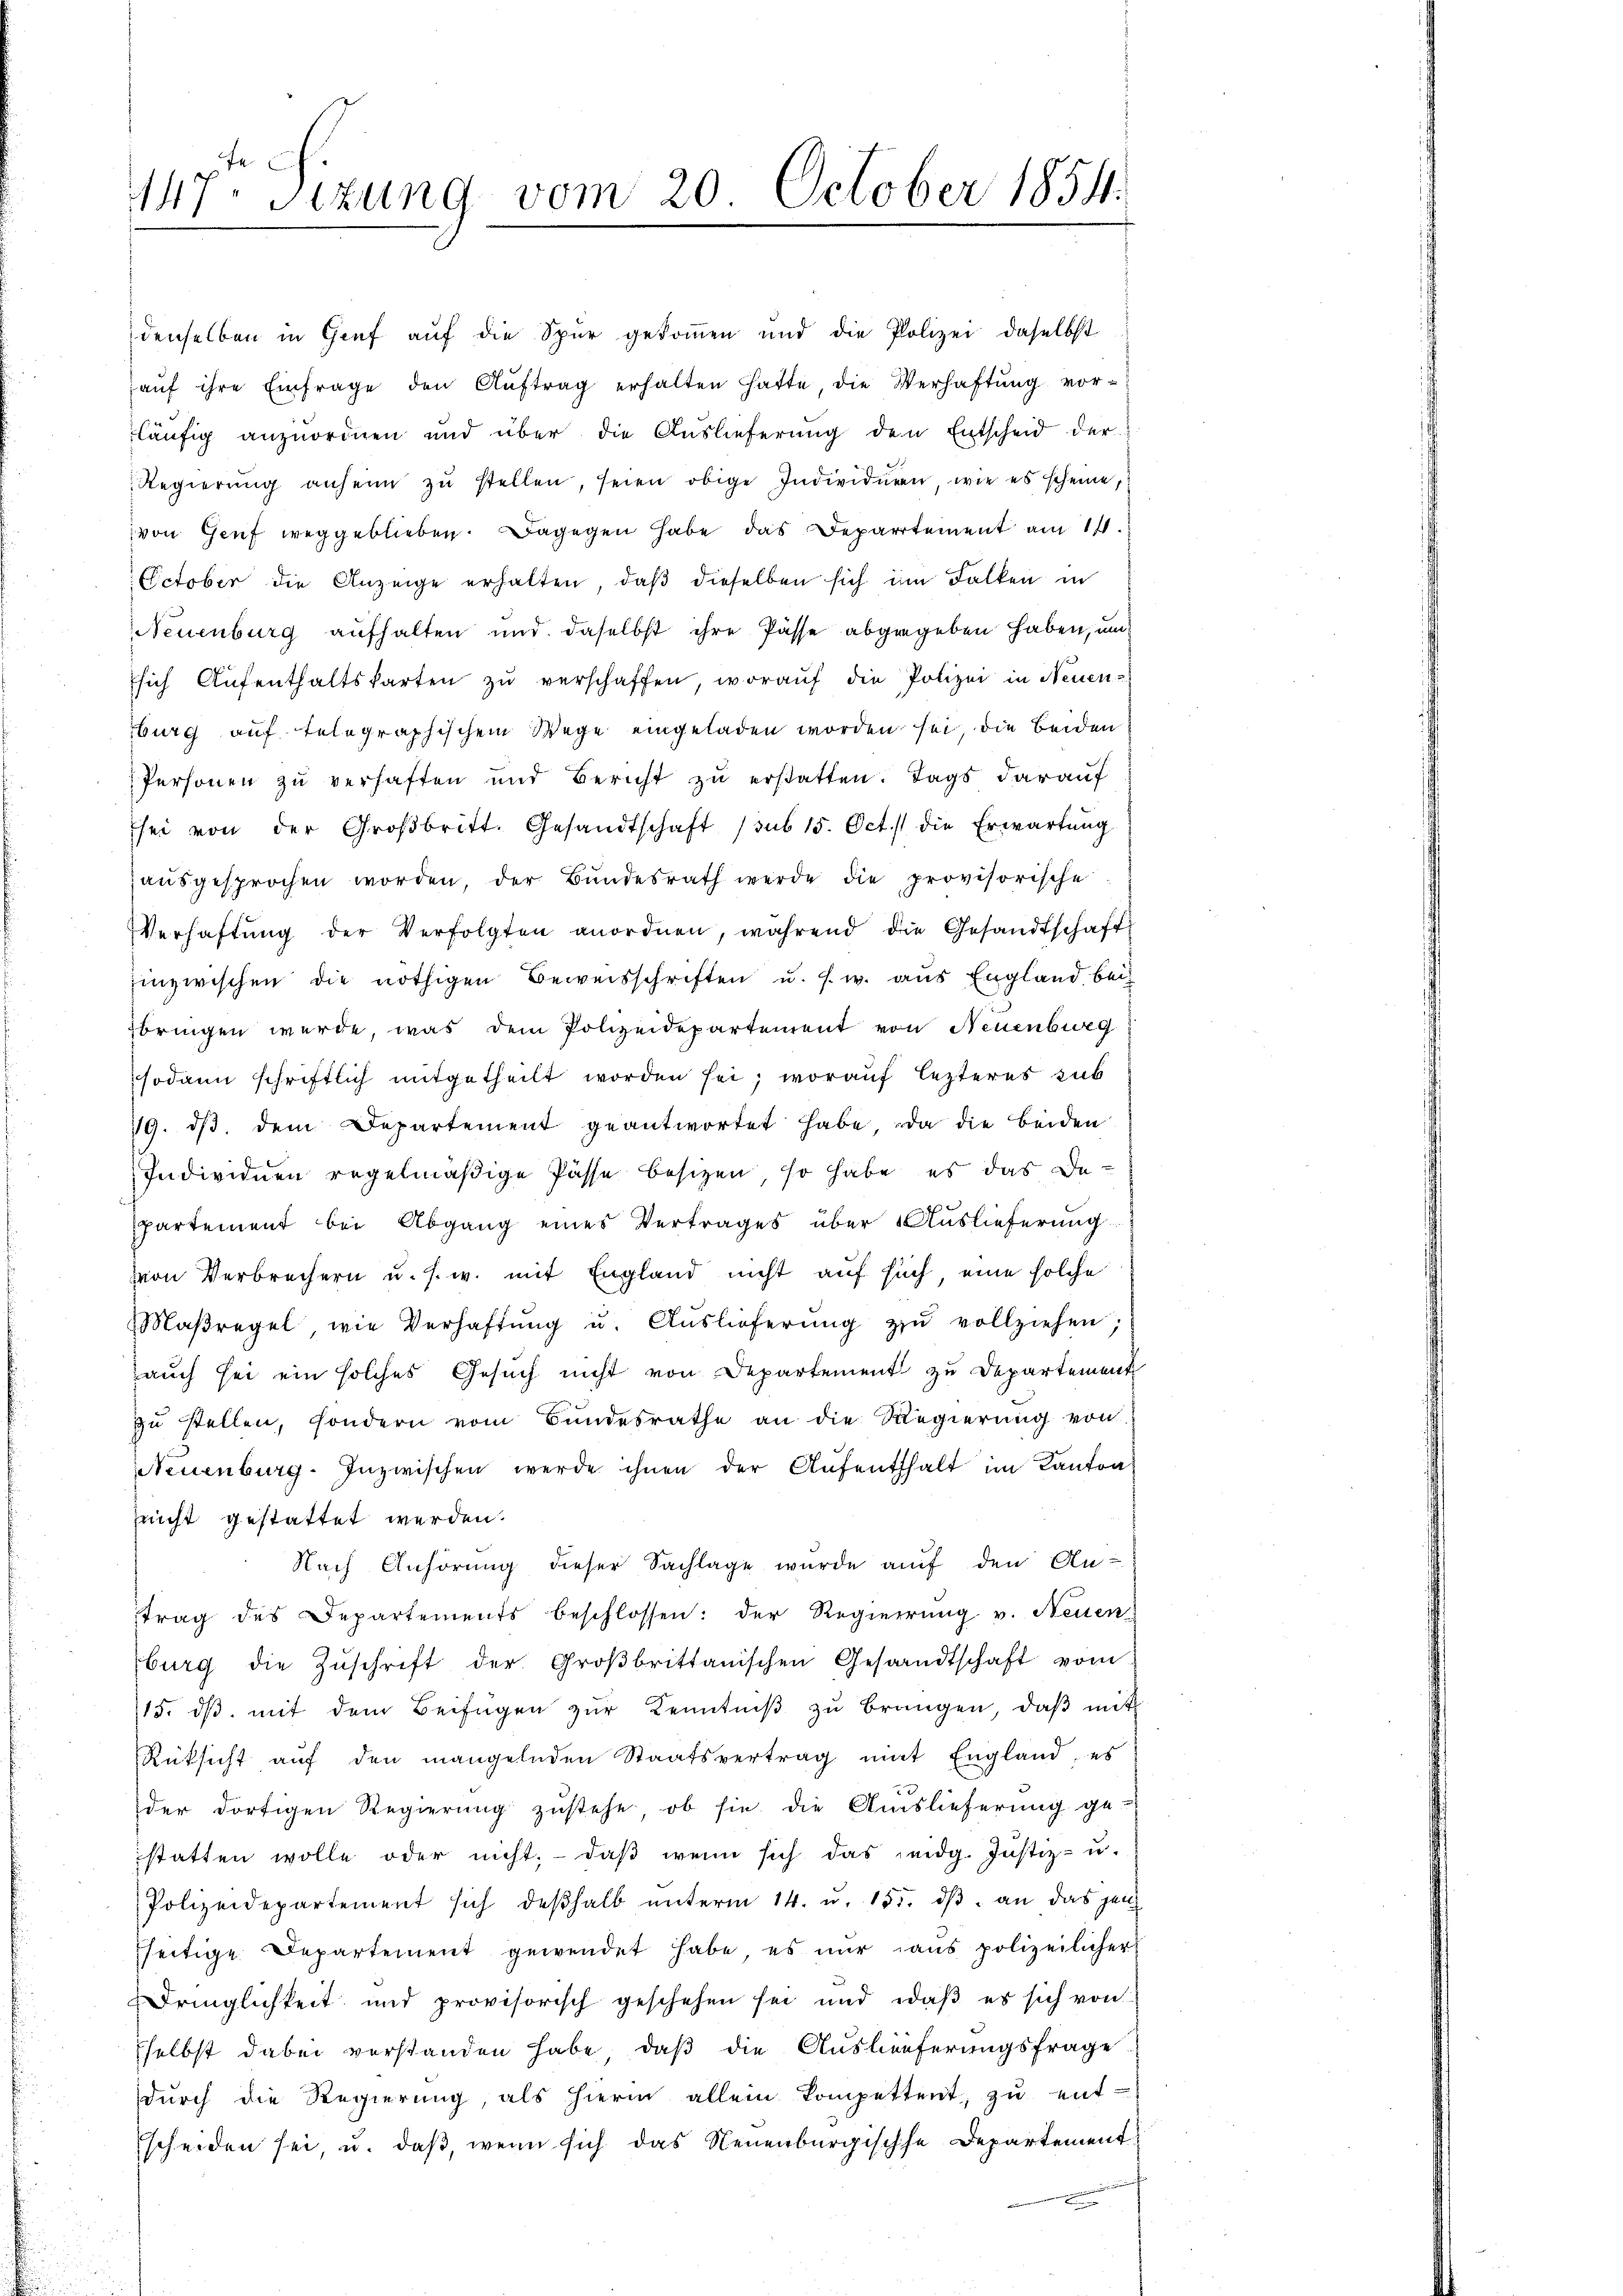
147. Situng vom 20. October 1854.

denselben in Genf auf die Spur gekommen und die Polizei, daselbst
aŭf ihre Einfrage den Aŭftrag erhalten hatte die Verhaftung vorläufig anzuordnen und über die Auslieferung den Entscheid der
Regierŭng anheim zŭ stellen, seien obige Individuren, wie es scheine,
von Genf weggeblieben. Dagegen habe das Departement am 11.
October die Anzeige erhalten, daβ dieselben sich im Falken in
Neuenburg aufhalten und daselbst ihre Pässe abgegeben haben, und
sich Aŭfenthaltskarten zŭ verschaffen, woraŭf die Polizei in Neuen-
burg auf telegraphischem Wege eingeladen worden sei, die beiden
Personen zu verhaften und Bericht zŭ erstatten. Tags darauf
sei von der Großbritt. Gesandtschaft (sub 15. Oct. die Erwartŭng
zausgesprochen worden der Bundesrath werde die provisorische
Verhaftŭng der Verfolgten anordnen, während die Gesandtschaft
inzwischen die nöthigen Beweisschriften u. s. w. aus England bei
bringen werde, was dem Polizeidepartement von Neuenburg
sodann schriftlich mitgetheilt worden sei; worauf lezteres sub
19. dβ dem Departement geantwortet habe, da die beiden
Individuen regelmäßige Pässe besizen, so habe es das Departement bei Abgang eines Vertrages über Auslieferung
von Verbrechern u. s. w. mit England nicht auf such, eine solche
Maβregel, wie Verhaftŭng u. Aŭslieferŭng zu vollziehen;
auch sei ein solches Gesuch nicht von Departement zu Departement
zŭ stellen, sondern vom Bundesrathe an die Regierŭng von
Neuenburg. Inzwischen werde ihnen der Aŭfenthalt im Kanton
sricht gestattet werden.
Nach Anhörung dieser Sachlage wurde auf den An-
trag des Departements beschlossen: der Regierŭng v. Neuen
burg die Zŭschrift der Groβbrittanischen Gesandtschaft vom
15. dβ. mit dem Beifügen zŭr Kenntniβ zŭ brangen, daβ mit
Rüksicht auf den mangelnden Staatsvertrag mit England, es
der dortigen Regierŭng zŭstehe, ob sie die Auslieferung ge-
statten wolle oder nicht, - daß wenn sich das eidg. Justiz- u.
Polizeidepartement sich deβhalb unterm 14. u. 155. dβ an das jen
seitige Departement gewendet habe, es nur aus polizeilicher
Dringlichkeit und provisorisch geschehen sei und daβ es sich von
selbst dabei verstanden habe, daß die Auslieferungsfrage
dŭrch die Regierŭng als hierin allein kompettent, zŭ ent-
scheiden sei u. daß, wenn sich das Neuenburgische Departement